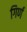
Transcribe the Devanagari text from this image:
गिर्ण